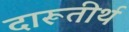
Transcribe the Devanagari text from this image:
दारूतीर्थ